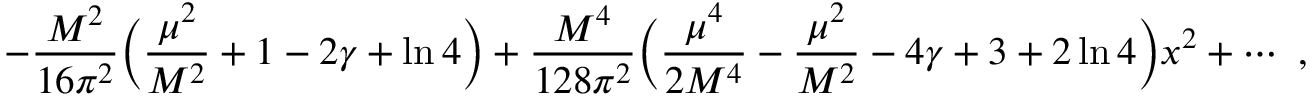
- { \frac { M ^ { 2 } } { 1 6 \pi ^ { 2 } } } \Bigl ( { \frac { \mu ^ { 2 } } { M ^ { 2 } } } + 1 - 2 \gamma + \ln 4 \Bigr ) + { \frac { M ^ { 4 } } { 1 2 8 \pi ^ { 2 } } } \Bigl ( { \frac { \mu ^ { 4 } } { 2 M ^ { 4 } } } - { \frac { \mu ^ { 2 } } { M ^ { 2 } } } - 4 \gamma + 3 + 2 \ln 4 \Bigr ) x ^ { 2 } + \cdots \ ,